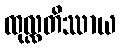
ထုလ္လတိဿာယ